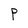
Character: P